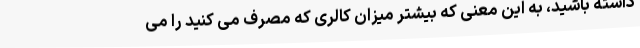
داشته باشید، به این معنی که بیشتر میزان کالری که مصرف می کنید را می